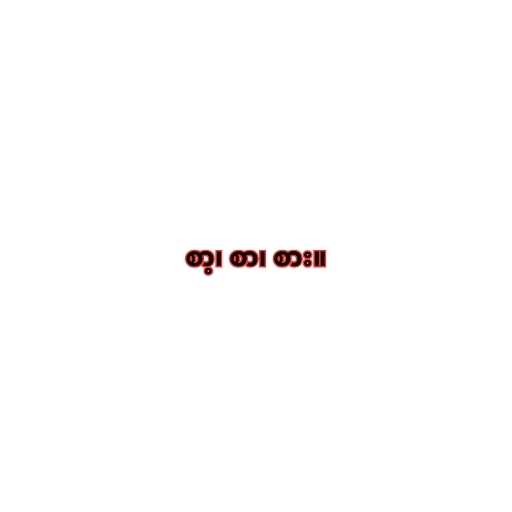
စာ့၊ စာ၊ စား။